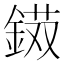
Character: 𨨭